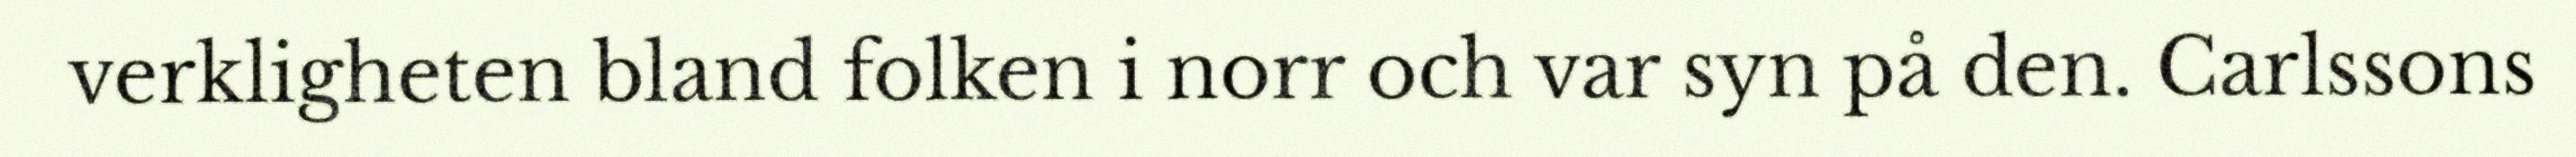
verkligheten bland folken i norr och var syn på den. Carlssons